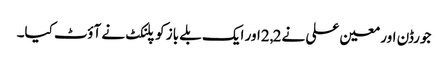
جورڈن اور معین علی نے2,2اور ایک بلے باز کو پلنکٹ نے آؤٹ کیا۔